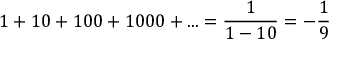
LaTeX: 1 + 1 0 + 1 0 0 + 1 0 0 0 + . . . = { \frac { 1 } { 1 - 1 0 } } = - { \frac { 1 } { 9 } }